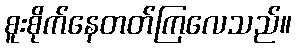
စူးစိုက်နေတတ်ကြလေသည်။